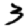
Digit: 3